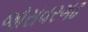
જોરાવરગઢ